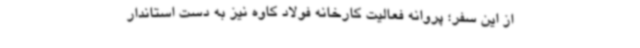
از این سفر؛ پروانه فعالیت کارخانه فولاد کاوه نیز به دست استاندار